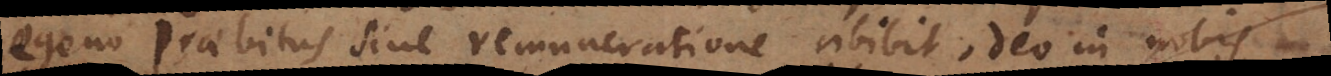
egeno praebitus sine remuneratione abibit, Deo in nobis